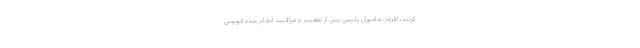
کردند، افزود: ماموران پلیس پس از تعقیب و مراقبت انجام شده اتوبوس